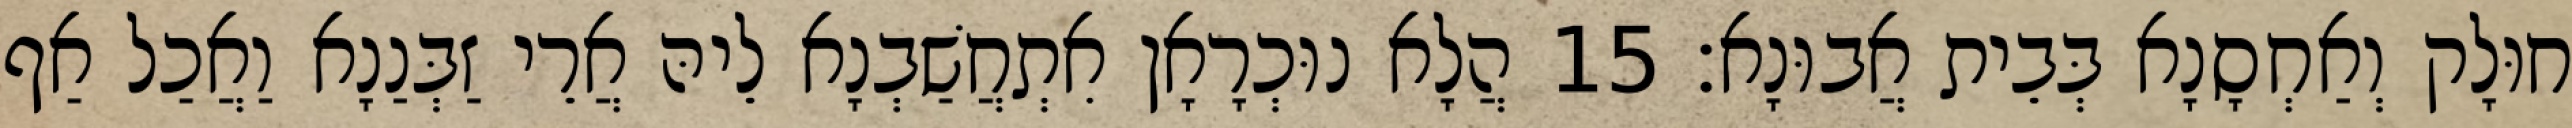
חוּלָק וְאַחְסָנָא בְּבֵית אֲבוּנָא׃ 15 הֲלָא נוּכְרָאָן אִתְחֲשַׁבְנָא לֵיהּ אֲרֵי זַבְּנַנָא וַאֲכַל אַף